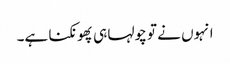
انہوں نے تو چولہا ہی پھونکنا ہے۔